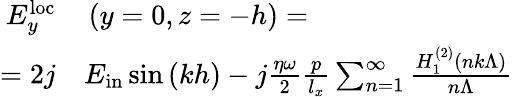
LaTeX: \begin{array}{rl}{E_{y}^{\mathrm{loc}}}&{{}\left(y=0,z=-h\right)=}\\ {=2j}&{{}E_{\mathrm{in}}\sin{\left(kh\right)}-j\frac{\eta\omega}{2}\frac{p}{l_{x}}\sum_{n=1}^{\infty}\frac{H_{1}^{\left(2\right)}\left(nk\Lambda\right)}{n\Lambda}}\end{array}